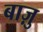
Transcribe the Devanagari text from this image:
बाज़ु